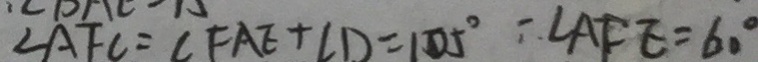
\angle A F C = \angle F A E + \angle D = 1 0 5 ^ { \circ } - \angle A F E = 6 0 ^ { \circ }